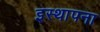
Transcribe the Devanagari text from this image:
इस्थापना